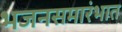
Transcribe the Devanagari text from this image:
भजनसमारंभात